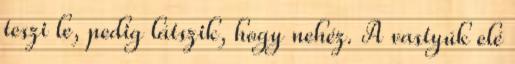
teszi le, pedig látszik, hogy nehéz. A vastyúk elé